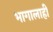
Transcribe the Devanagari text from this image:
भागालाही